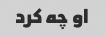
او چه کرد